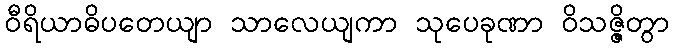
ဝီရိယာဓိပတေယျာ သာလေယျကာ သုပေခုဏာ ဝိသဇ္ဇိတွာ